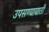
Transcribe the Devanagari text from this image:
उपसण्यायाठी